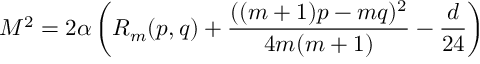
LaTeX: M ^ { 2 } = 2 \alpha \left( R _ { m } ( p , q ) + { \frac { ( ( m + 1 ) p - m q ) ^ { 2 } } { 4 m ( m + 1 ) } } - { \frac { d } { 2 4 } } \right)